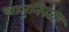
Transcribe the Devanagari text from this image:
धातुनिस्तार